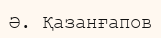
Ә. Қазанғапов